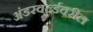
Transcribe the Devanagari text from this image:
अंडरवर्ल्डवरील